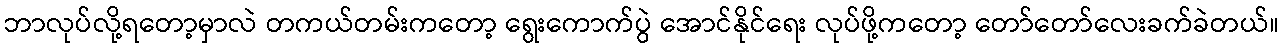
ဘာလုပ်လို့ရတော့မှာလဲ တကယ်တမ်းကတော့ ရွေးကောက်ပွဲ အောင်နိုင်ရေး လုပ်ဖို့ကတော့ တော်တော်လေးခက်ခဲတယ်။